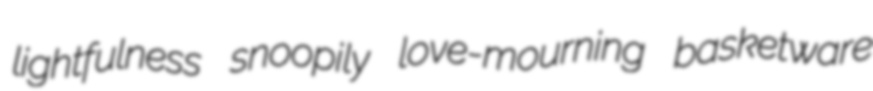
lightfulness snoopily love-mourning basketware